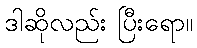
ဒါဆိုလည်း ပြီးရော။